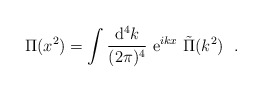
\begin{align*}{\Pi}(x^2)=\int{{\rm d}^{4}k\over (2\pi)^{4}}\ {\rm e}^{ikx}\ \tilde{\Pi}(k^{2})\ \ .\end{align*}